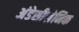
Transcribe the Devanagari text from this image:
अंडेसीलेनिक